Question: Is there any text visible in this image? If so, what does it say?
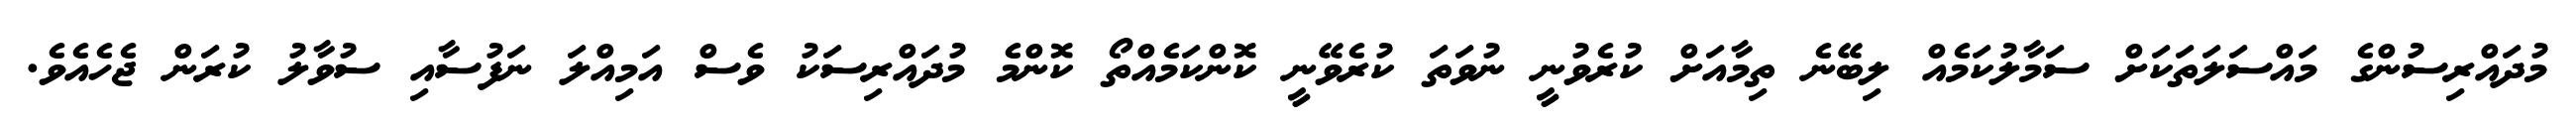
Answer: މުދައްރިސުންގެ މައްސަލަތަކަށް ސަމާލުކަމެއް ލިބޭނެ ތިމާއަށް ކުރެވުނީ ނުވަތަ ކުރެވޭނީ ކޮންކަމެއްތޯ ކޮންމެ މުދައްރިސަކު ވެސް އަމިއްލަ ނަފުސާއި ސުވާލު ކުރަން ޖެހެއެވެ.